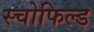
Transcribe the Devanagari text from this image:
स्चोफिल्ड